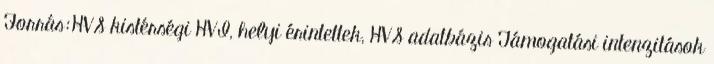
Forrás:HVS kistérségi HVI, helyi érintettek, HVS adatbázis Támogatási intenzitások